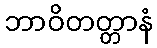
ဘာဝိတတ္တာနံ